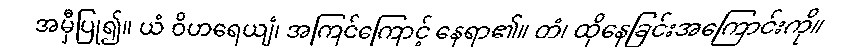
အမှီပြု၍။ ယံ ဝိဟရေယျံ၊ အကြင်ကြောင့် နေရာ၏။ တံ၊ ထိုနေခြင်းအကြောင်းကို။